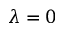
\lambda = 0